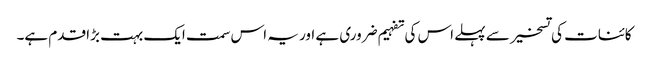
کائنات کی تسخیر سے پہلے اس کی تفہیم ضروری ہے اور یہ اس سمت ایک بہت بڑا قدم ہے۔